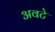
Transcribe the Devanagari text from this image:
अवटे